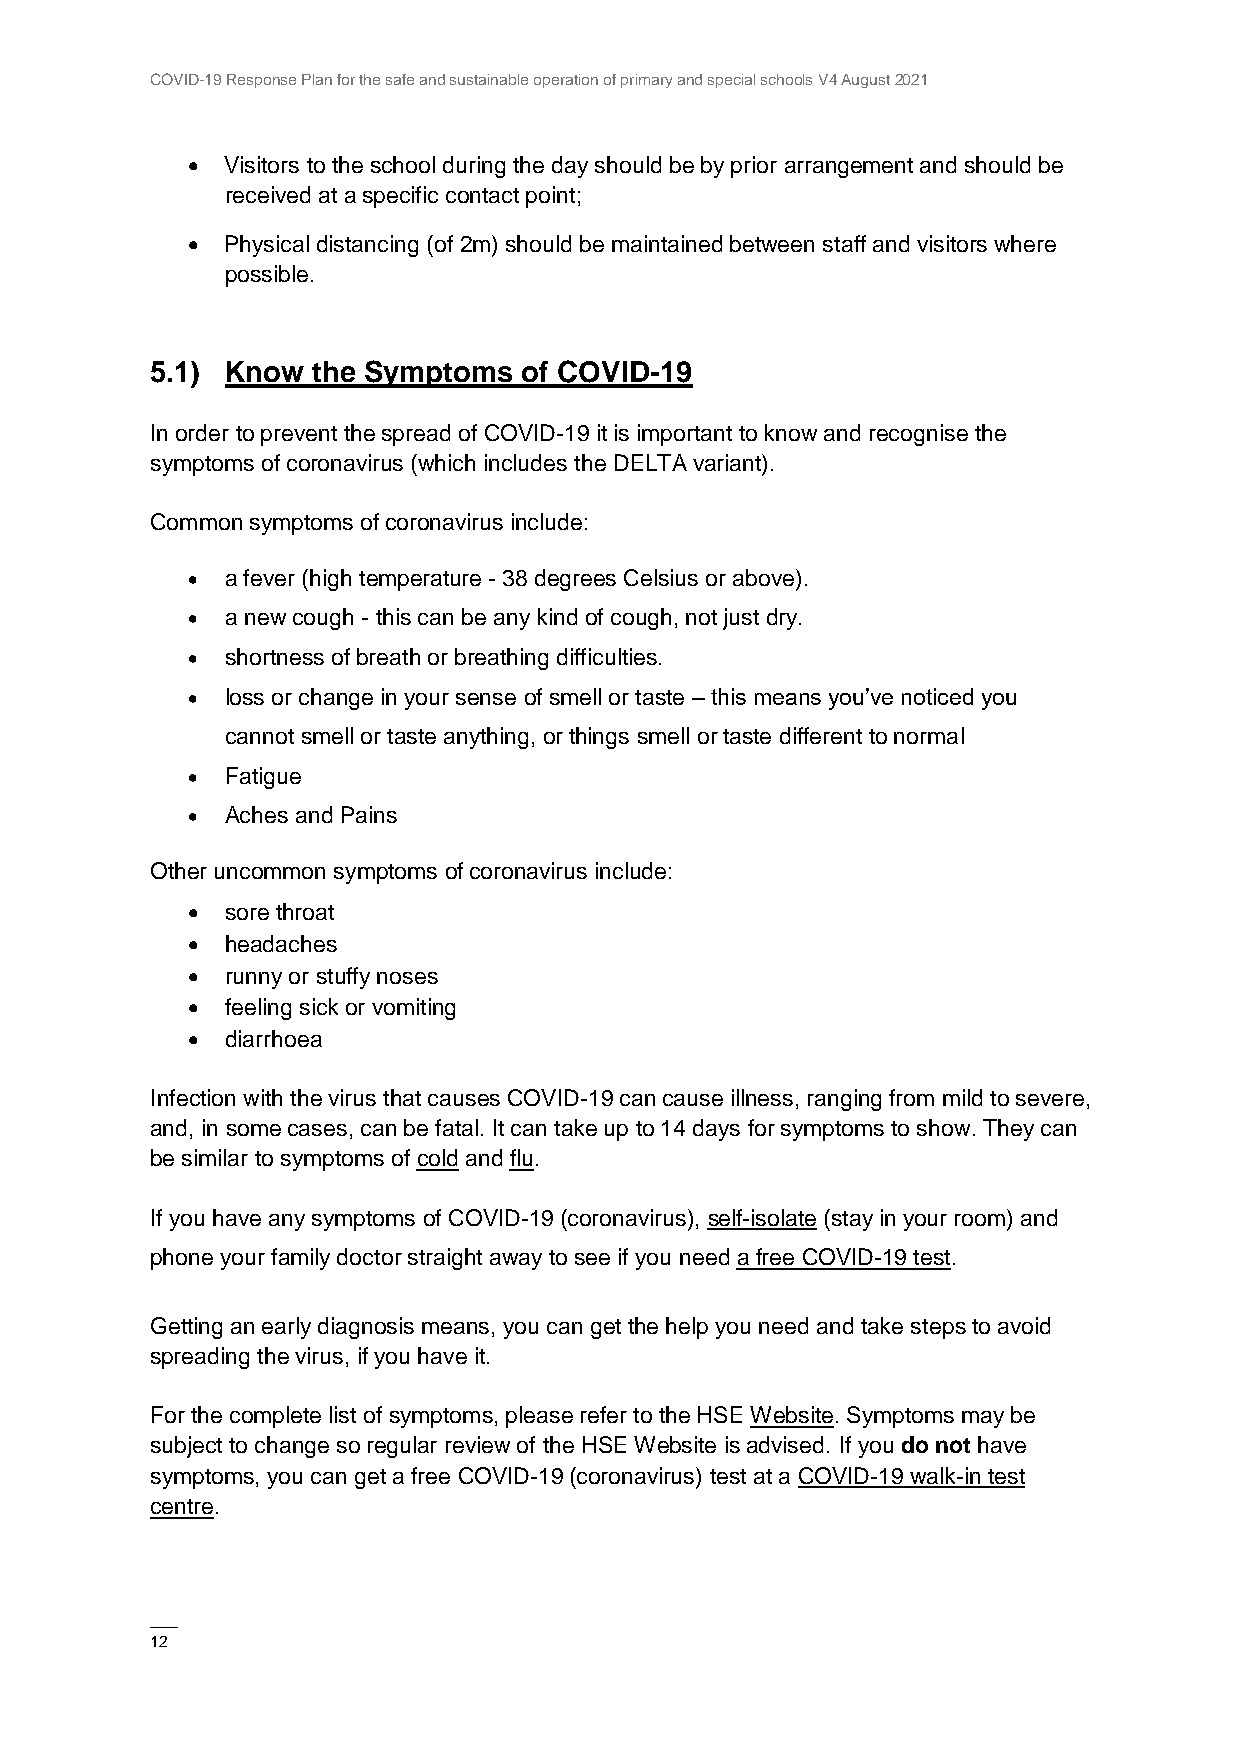
COVID-19 Response Plan for the safe and sustainable operation of primary and special schools V4 August 2021
   Visitors to the school during the day should be by prior arrangement and should be
 received at a specific contact point;
   Physical distancing (of 2m) should be maintained between staff and visitors where
 possible.
 5.1) Know  the Symptoms  of COVID-19
 In order to prevent the spread of COVID-19 it is important to know and recognise the
 symptoms of coronavirus (which includes the DELTA variant).
 Common symptoms of coronavirus include:
   a fever (high temperature - 38 degrees Celsius or above).
   a new cough - this can be any kind of cough, not just dry.
   shortness of breath or breathing difficulties.
   loss or change in your sense of smell or taste – this means you’ve noticed you
 cannot smell or taste anything, or things smell or taste different to normal
   Fatigue
   Aches and Pains
 Other uncommon symptoms of coronavirus include:
   sore throat
   headaches
   runny or stuffy noses
   feeling sick or vomiting
   diarrhoea
 Infection with the virus that causes COVID-19 can cause illness, ranging from mild to severe,
 and, in some cases, can be fatal. It can take up to 14 days for symptoms to show. They can
 be similar to symptoms of cold and flu.
 If you have any symptoms of COVID-19 (coronavirus), self-isolate (stay in your room) and
 phone your family doctor straight away to see if you need a free COVID-19 test.
 Getting an early diagnosis means, you can get the help you need and take steps to avoid
 spreading the virus, if you have it.
 For the complete list of symptoms, please refer to the HSE Website. Symptoms may be
 subject to change so regular review of the HSE Website is advised. If you do not have
 symptoms, you can get a free COVID-19 (coronavirus) test at a COVID-19 walk-in test
 centre.
 ——
 12